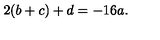
2 ( b + c ) + d = - 1 6 a .